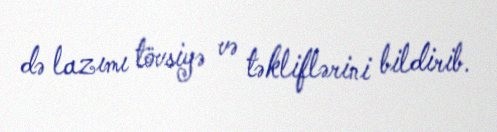
də lazımı tövsiyə və təkliflərini bildirib.